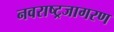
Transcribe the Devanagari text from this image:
नवराष्ट्रजागरण